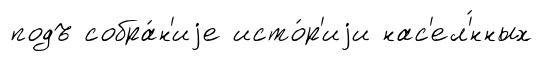
подъ собра́н'иjе исто́р'иjи нас'ел'́нных